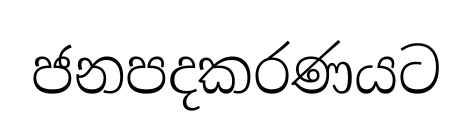
ජනපදකරණයට